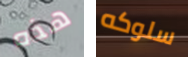
هذه سلوكه